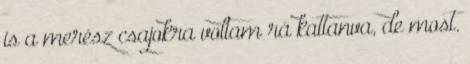
is a merész csajokra voltam rá kattanva, de most.